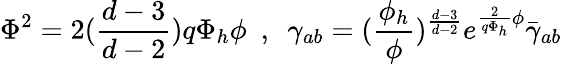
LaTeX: \Phi^{2}=2({\frac{d-3}{d-2}})q\Phi_{h}\phi~~,~~\gamma_{ab}=({\frac{\phi_{h}}{\phi}})^{\frac{d-3}{d-2}}e^{{\frac{2}{q\Phi_{h}}}\phi}\bar{\gamma}_{ab}~~